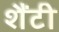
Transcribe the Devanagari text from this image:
शैंटी